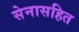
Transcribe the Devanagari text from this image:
सेनासहित